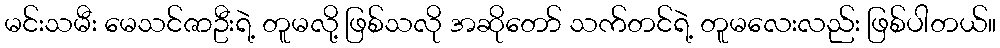
မင်းသမီး မေသင်ဇာဦးရဲ့ တူမလို့ ဖြစ်သလို အဆိုတော် သက်တင်ရဲ့ တူမလေးလည်း ဖြစ်ပါတယ်။